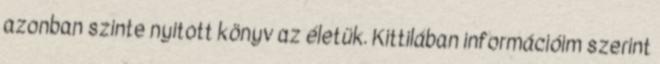
azonban szinte nyitott könyv az életük. Kittilában információim szerint